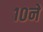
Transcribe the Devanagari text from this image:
१०ने